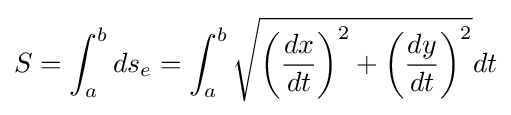
S=\int _{a}^{b}ds_{e}=\int _{a}^{b}{\sqrt {\left({\frac {dx}{dt}}\right)^{2}+\left({\frac {dy}{dt}}\right)^{2}}}dt